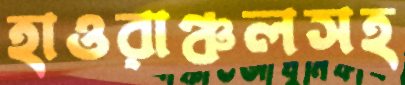
হাওরাঞ্চলসহ